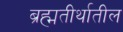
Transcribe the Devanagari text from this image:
ब्रह्मतीर्थातील